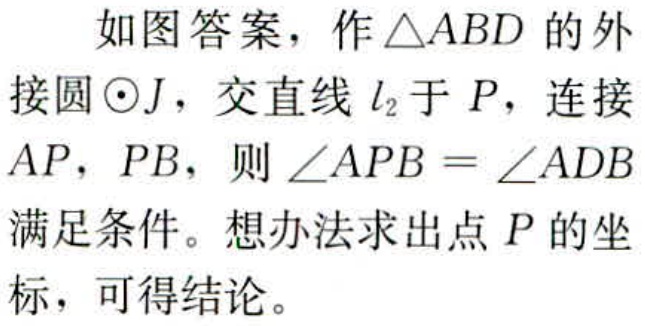
如图答案，作\(\triangle ABD\)的外接圆\(\odot J\)，交直线\(l_{2}\)于\(P\)，连接\(AP\)，\(PB\)，则\(\angle APB = \angle ADB\)满足条件。想办法求出点\(P\)的坐标，可得结论。